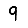
Digit: 9